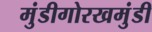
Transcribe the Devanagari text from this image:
मुंडीगोरखमुंडी